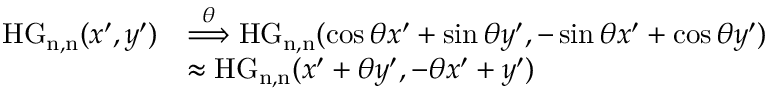
\begin{array} { r l } { \mathrm { H G _ { n , n } } ( x ^ { \prime } , y ^ { \prime } ) } & { \overset { \theta } { \Longrightarrow } \mathrm { H G _ { n , n } } ( \cos \theta x ^ { \prime } + \sin \theta y ^ { \prime } , - \sin \theta x ^ { \prime } + \cos \theta y ^ { \prime } ) } \\ & { \approx \mathrm { H G _ { n , n } } ( x ^ { \prime } + \theta y ^ { \prime } , - \theta x ^ { \prime } + y ^ { \prime } ) } \end{array}